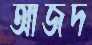
আজদ